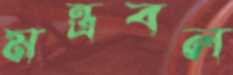
মন্ত্রবল